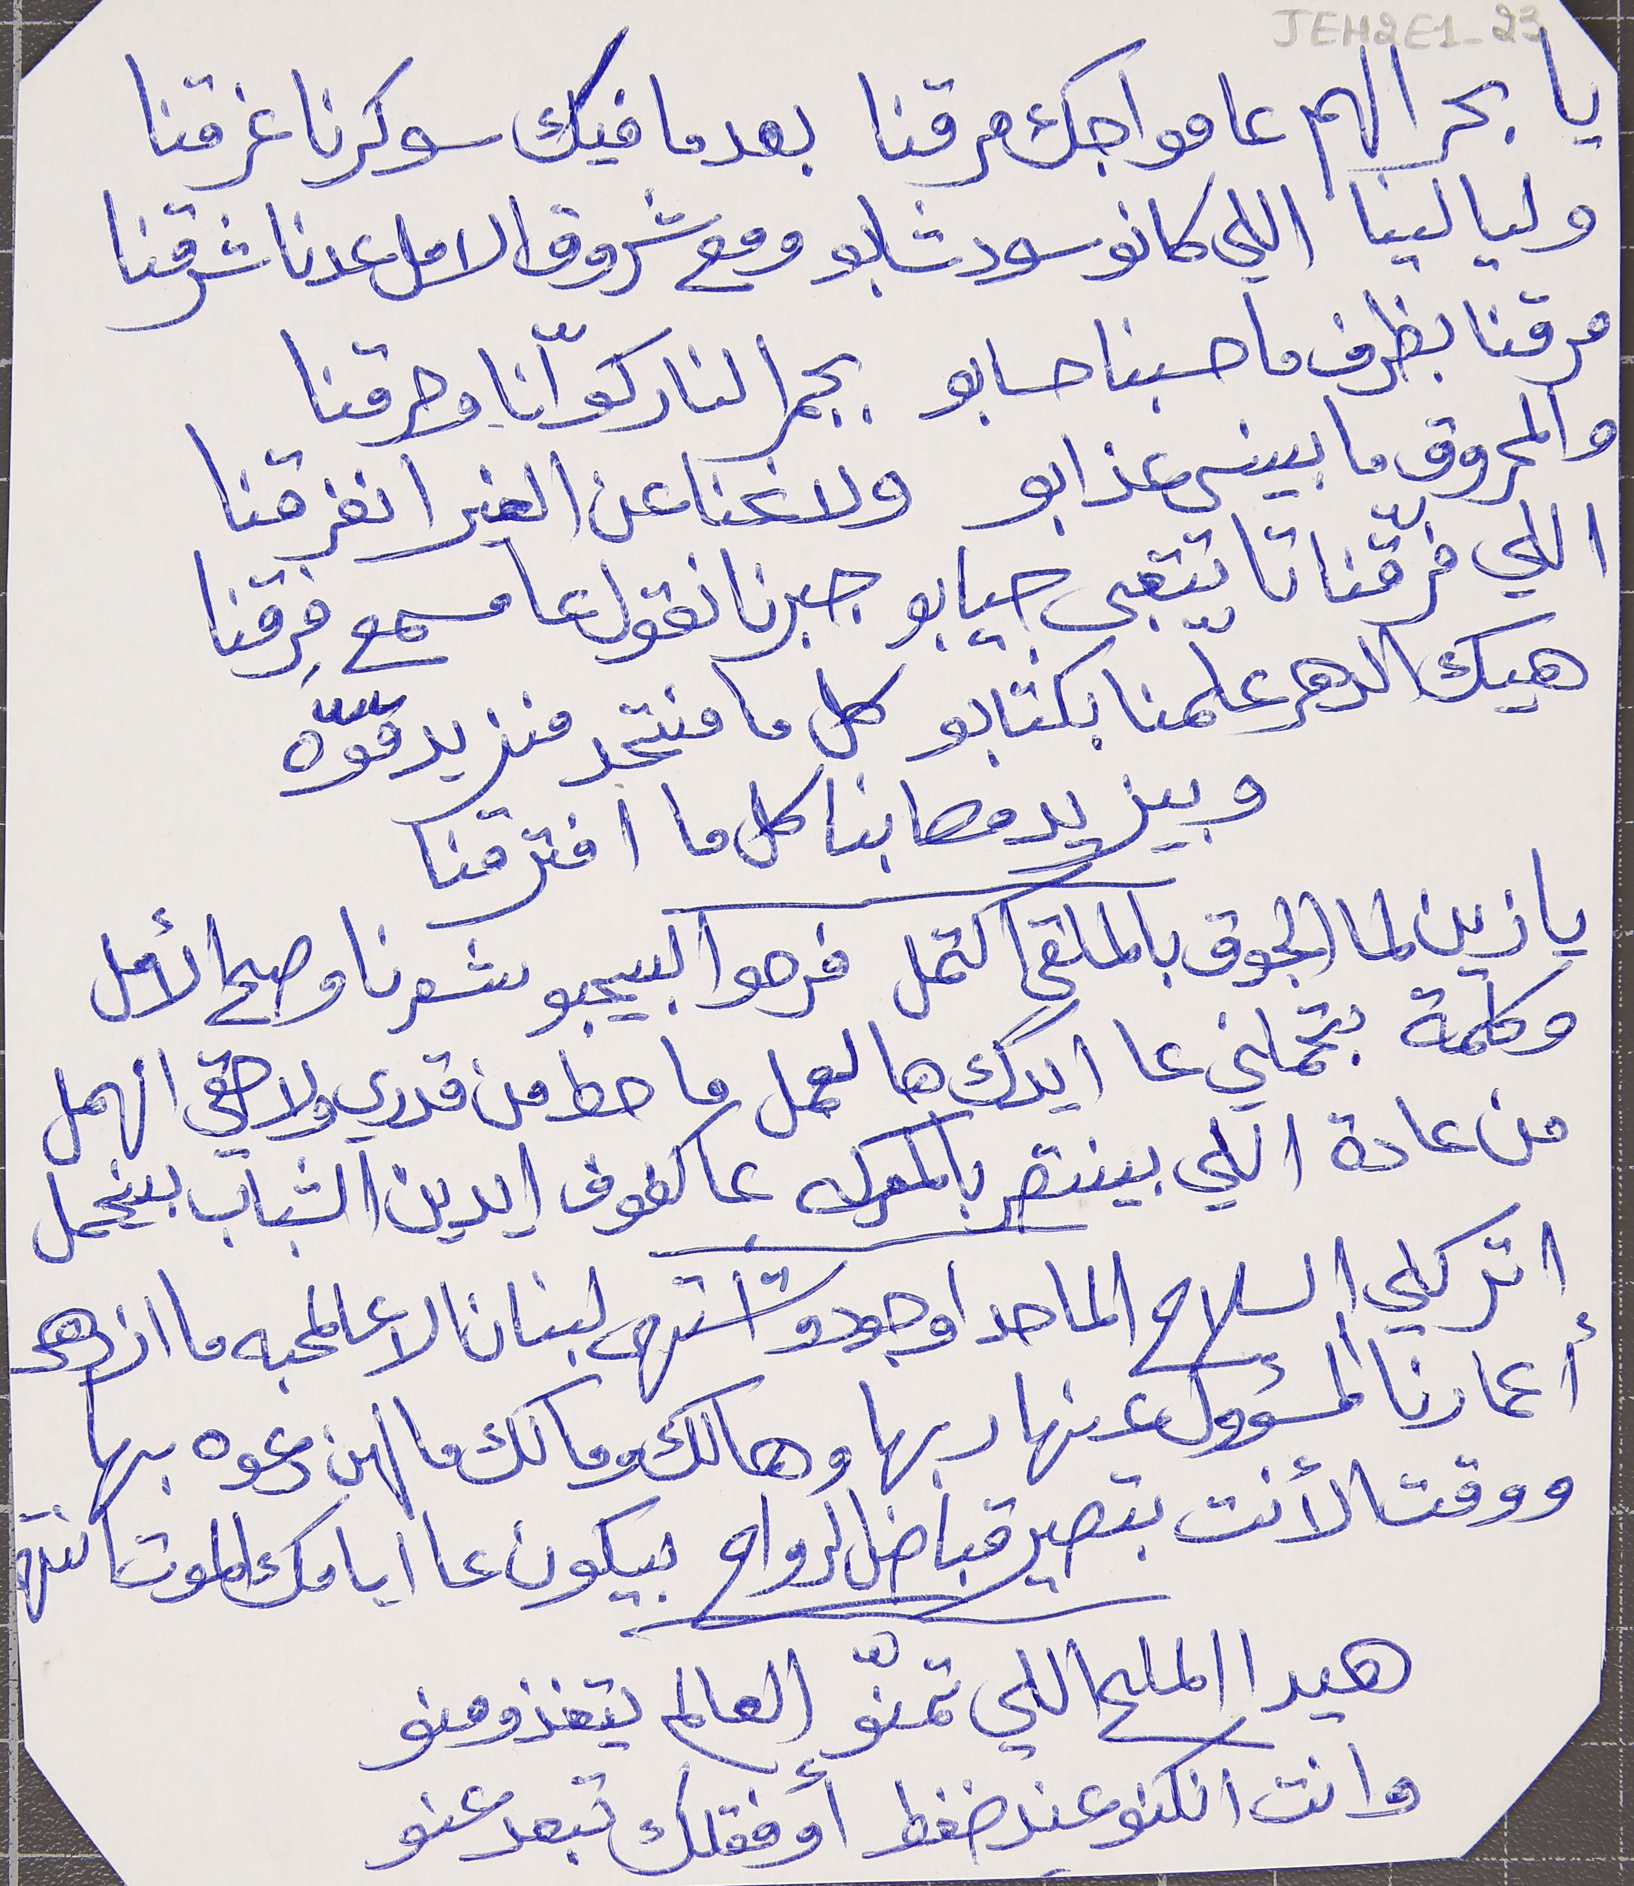
يا بحر الهم عا مواجك مرقنا بعدما فيك سوكرنا غرقنا
وليالينا اللي كانو سود شابو ومع شروق الامل عدنا شرقنا
مرقنا بظرف ما حسبنا حسابو   بجمر النار كوّانا وحرقنا
والمحروق ما بينسى عذابو     ولانحنا عن الغير انفرقنا
اللي فرّقنا تا يتّعبى جيابو جبرنا نقول عا مسمع فِرقنا
هيك الدهر علّمنا بكتابو كل ما منتحد منزيد قوّه
وبيزيد مصابنا كل ما افترقنا
وكلمة بتحملني عا ايدك هالعمل ما حط من قدري ولا حقي انهمل
من عادة اللي بينتصر بالمعركه عا كفوف ايدين الشباب بينحمل
اتركلي السلاح الما حدا وجودو اشتهى لبنان الا عالمحبه ما ازدهر
أعمارنا المسؤول عنها ربها وهالك ومالك ما لهن دعوه بها
ووقتا لأنت بتصير قباض الرواح بيكون عا ايامك الموت انتهى
هيدا الملح اللي تمنّو العالم يتغذو منو
وانت انكنو عند ضغط أوفقلك تبعد عنو
JEH2E1-23
يا زين لما الجوق بالملقى اكتمل فرحو البيحبو شعرنا وصح الأمل